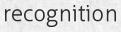
recognition